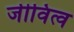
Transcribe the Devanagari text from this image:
जीवित्व